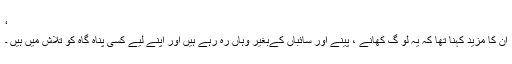
‘
ان کا مزید کہنا تھا کہ یہ لو گ کھانے ، پینے اور سائباں کےبغیر وہاں رہ رہے ہیں اور اپنے لیے کسی پناہ گاہ کو تلاش میں ہیں ۔